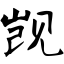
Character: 觊